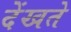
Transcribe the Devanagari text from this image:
देंखते